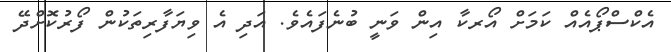
އެކްސްޕޯއެއް ކަމަށް އޯރކާ އިން ވަނީ ބުނެފައެވެ. އަދި އެ ވިޔަފާރިތަކުން ފޯރުކޮށްދޭ